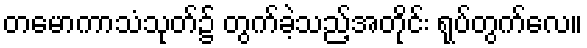
တမောကာသံသုတ်၌ တွက်ခဲ့သည့်အတိုင်း ရုပ်တွက်လေ။